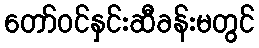
တော်ဝင်နှင်းဆီခန်းမတွင်